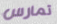
تمارس